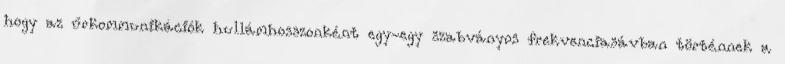
hogy az űrkommunikációk hullámhosszonként egy-egy szabványos frekvenciasávban történnek a